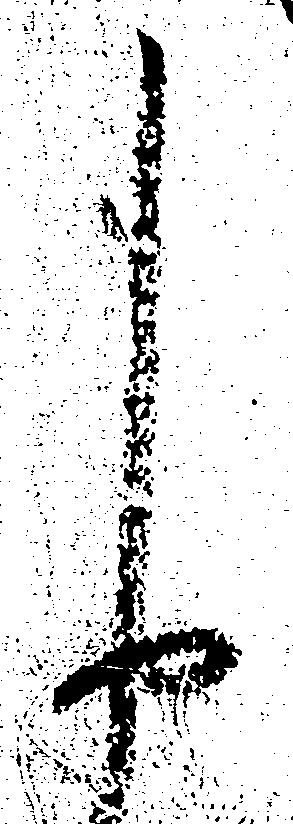
申